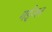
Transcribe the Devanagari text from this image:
गईजन